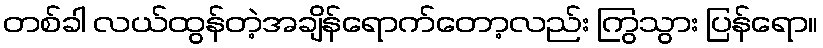
တစ်ခါ လယ်ထွန်တဲ့အချိန်ရောက်တော့လည်း ကြွသွား ပြန်ရော။